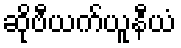
ဆိုဗီယက်ယူနီယံ